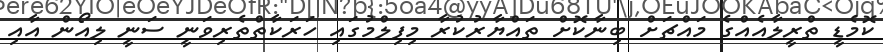
ކޮމެޑީ ތްރީލާއެއްގެ މައްޗަށް ބިނާކޮށް ތައްޔާރުކުރާ މިފިލްމުގައި ހަރަކާތްތެރިވަނީ ސަނީ ލިއޯން އާއި